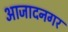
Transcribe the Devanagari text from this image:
आजादनगर